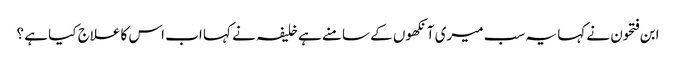
ابن فتحون نے کہا یہ سب میری آنکھوں کے سامنے ہے خلیفہ نے کہا اب اس کا علاج کیا ہے ؟